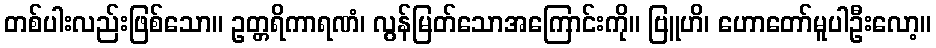
တစ်ပါးလည်းဖြစ်သော။ ဥတ္တရိကာရဏံ၊ လွန်မြတ်သောအကြောင်းကို။ ဗြူဟိ၊ ဟောတော်မူပါဦးလော့။